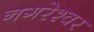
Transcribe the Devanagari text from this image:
नगरेश्वर